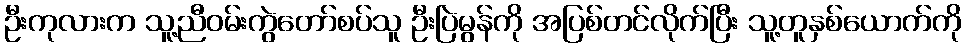
ဦးကုလားက သူ့ညီဝမ်းကွဲတော်စပ်သူ ဦးပြဲမွန်ကို အပြစ်တင်လိုက်ပြီး သူ့တူနှစ်ယောက်ကို